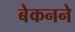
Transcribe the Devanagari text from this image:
बेकनने